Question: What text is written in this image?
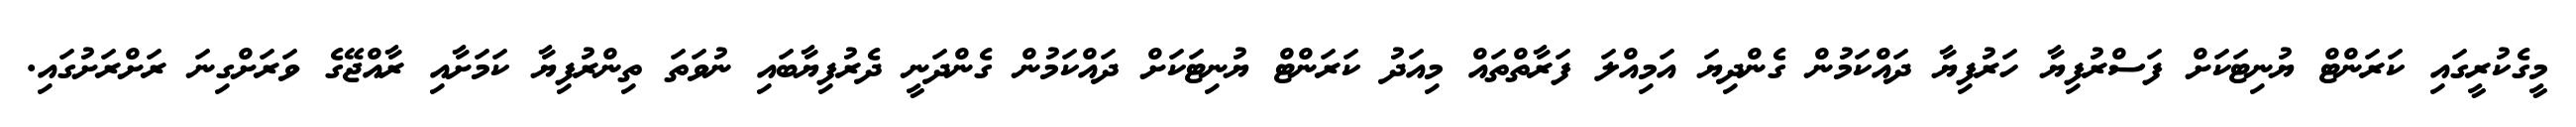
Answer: މީގެކުރީގައި ކަރަންޓް ޔުނިޓަކަށް ފަސްރުފިޔާ ހަރުފިޔާ ދައްކަމުން ގެންދިޔަ އަމިއްލަ ފަރާތްތައް މިއަދު ކަރަންޓް ޔުނިޓަކަށް ދައްކަމުން ގެންދަނީ ދެރުފިޔާބައި ނުވަތަ ތިންރުފިޔާ ކަމަށާއި ރާއްޖޭގެ ވަރަށްގިނަ ރަށްރަށުގައި.